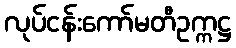
လုပ်ငန်းကော်မတီဥက္ကဋ္ဌ